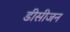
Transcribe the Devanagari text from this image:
डीसीजन